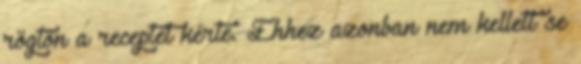
rögtön a receptet kérte. Ehhez azonban nem kellett se